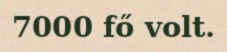
7000 fő volt.